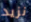
نزيد